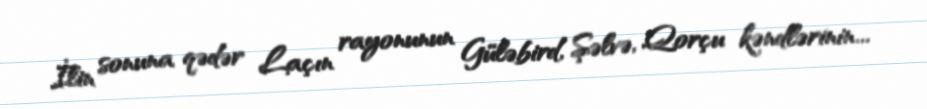
İlin sonuna qədər Laçın rayonunun Güləbird, Şəlvə, Qorçu kəndlərinin...